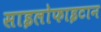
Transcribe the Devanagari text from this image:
साइलोफाइटान